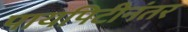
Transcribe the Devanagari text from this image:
पायपिटीनंतर